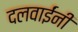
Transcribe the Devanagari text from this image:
दलवाईंनी